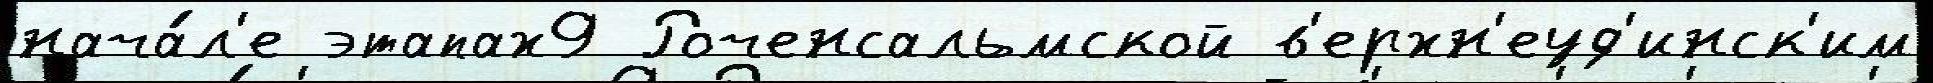
нача́л'е этапах9 Роченсальмской в'ерхн'еуд'инск'им